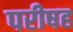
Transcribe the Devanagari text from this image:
परीषह